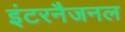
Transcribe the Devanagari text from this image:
इंटरनैजनल